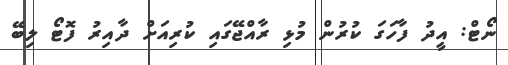
ނޯޓް: އީދު ފާހަގަ ކުރުން މުޅި ރާއްޖޭގައި ކުރިއަށް ދާއިރު ފޮޓޯ ލިބޭ